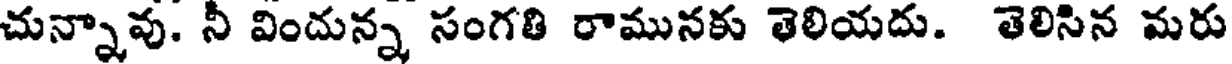
చున్నావు. నీ విందున్న సంగతి రామునకు తెలియదు. తెలిసిన మరు